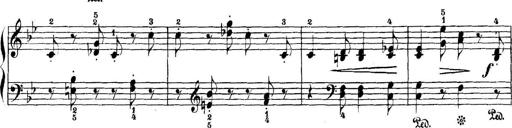
Title: 5 Sonatinas
Composer: Theodor Kirchner